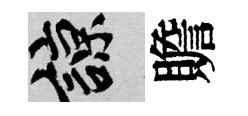
諒贍